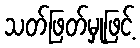
သတ်ဖြတ်မှုဖြင့်